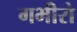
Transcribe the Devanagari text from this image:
गभीरो